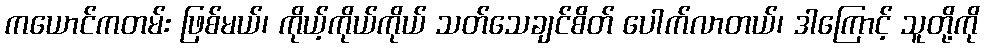
ကယောင်ကတမ်း ဖြစ်မယ်၊ ကိုယ့်ကိုယ်ကိုယ် သတ်သေချင်စိတ် ပေါက်လာတယ်၊ ဒါကြောင့် သူတို့ကို